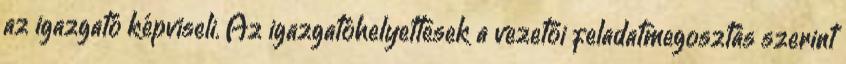
az igazgató képviseli. Az igazgatóhelyettesek a vezetői feladatmegosztás szerint